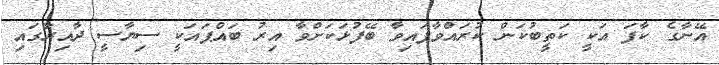
އޭނާގެ ކާފަ އަކީ ކަތީބުކަން ކުރައްވާފައިވާ ބޭފުޅަކަށްވާ އިރު ބައްޕައަކީ ސިޔާސީ ދާއިރާގައި